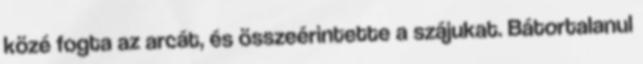
közé fogta az arcát, és összeérintette a szájukat. Bátortalanul